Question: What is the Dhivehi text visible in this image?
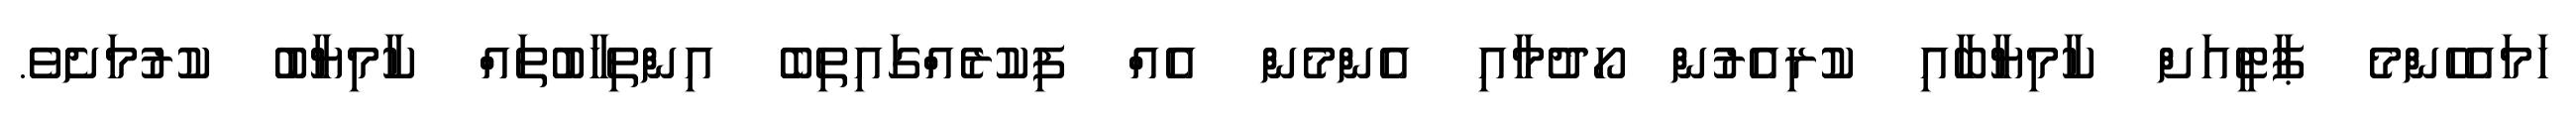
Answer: ހަމައެހެންމެ ޕާޓީއަށް ކާމިޔާބާއި ކުރިއެރުން ހޯދުމާއި އެންމެން އެއް ފިކުރެއްގައިތިބެ އިންތިހާބުތައް ކާމިޔާބު ކުރުމަށެވެ.